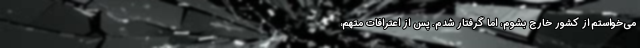
می‌خواستم از کشور خارج بشوم، اما گرفتار شدم. پس از اعترافات متهم،